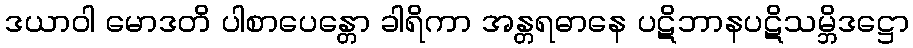
ဒယာဝါ မောဒတိ ပါစာပေန္တော ခါရိကာ အန္တရဓာနေ ပဋိဘာနပဋိသမ္ဘိဒဋ္ဌော